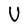
Character: U